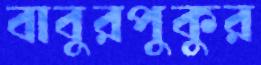
বাবুরপুকুর